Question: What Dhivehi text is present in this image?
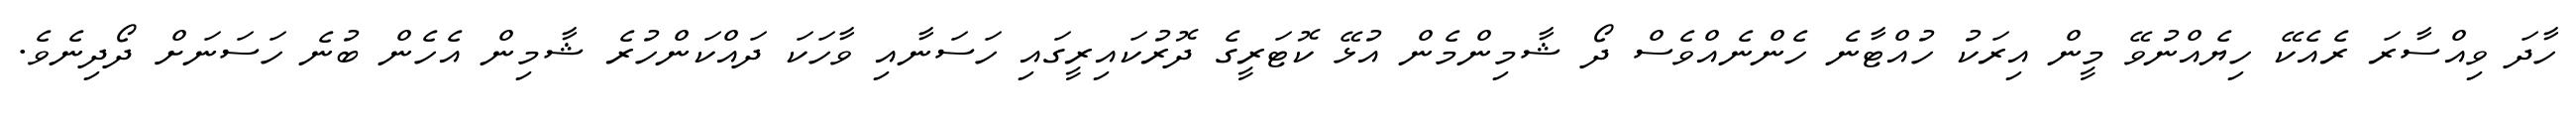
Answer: ހާދަ ވިއްސާރަ ރެއެކޭ ހިޔެއްނުވޭ މީން އިރަކު ހުއްޓާނެ ހެންނެއްވެސް ދޯ ޝާމިންމެން އުޅޭ ކޮޓަރީގެ ދޮރުކައިރީގައި ހަސަނާއި ވާހަކަ ދައްކަންހުރެ ޝާމިން އެހެން ބުނެ ހަސަނަށް ދޯދިނެވެ.